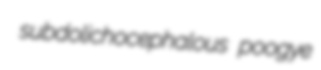
subdolichocephalous poogye